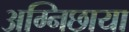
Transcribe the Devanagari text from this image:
अग्निछाया